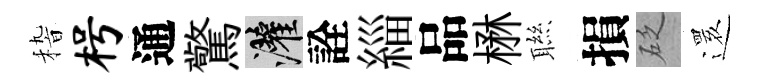
𥟵枵通驚灌詮緇品楙聮損砭𮟃